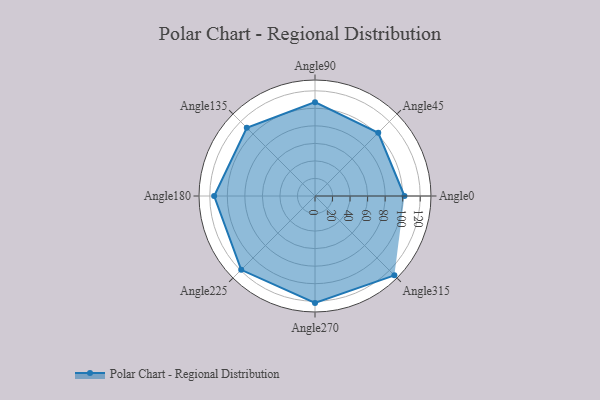
{"axis": {"x": "Angle", "y": "Radius"}, "legend": [""], "data": [{"x": "Angle0", "y": 102.0, "type": ""}, {"x": "Angle45", "y": 102.0, "type": ""}, {"x": "Angle90", "y": 107.0, "type": ""}, {"x": "Angle135", "y": 110.0, "type": ""}, {"x": "Angle180", "y": 115.0, "type": ""}, {"x": "Angle225", "y": 119.0, "type": ""}, {"x": "Angle270", "y": 122.0, "type": ""}, {"x": "Angle315", "y": 128.0, "type": ""}]}